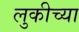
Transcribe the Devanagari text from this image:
लुकीच्या